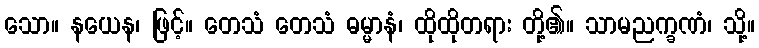
သော။ နယေန၊ ဖြင့်။ တေသံ တေသံ ဓမ္မာနံ၊ ထိုထိုတရား တို့၏။ သာမညက္ခဏံ၊ သို့။